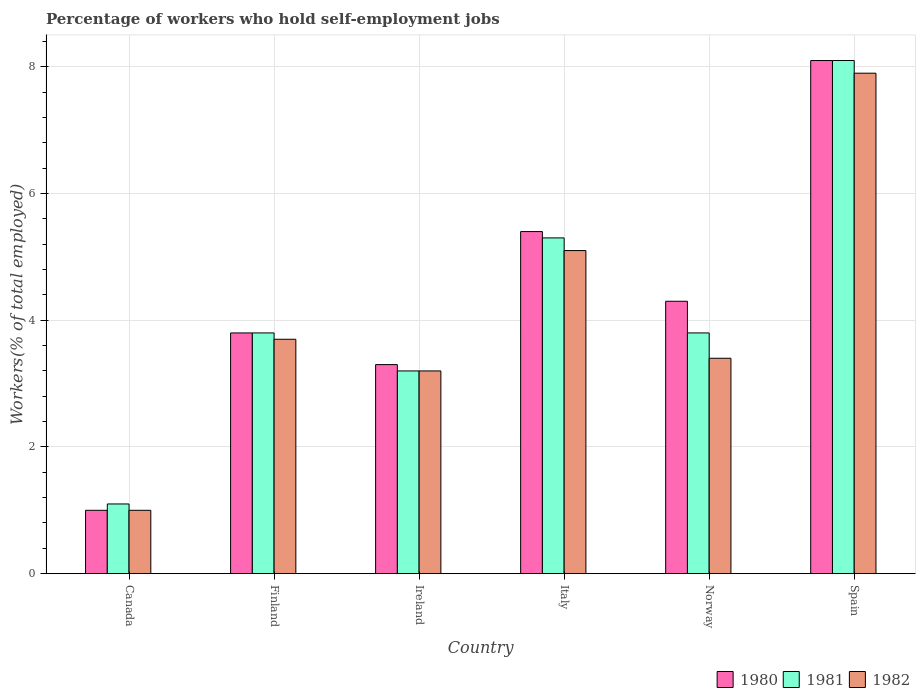
| Country | 1980 | 1981 | 1982 |
 | --- | --- | --- | --- |
 | Canada | 1 | 1.1 | 1 |
 | Finland | 3.8 | 3.8 | 3.7 |
 | Ireland | 3.3 | 3.2 | 3.2 |
 | Italy | 5.4 | 5.3 | 5.1 |
 | Norway | 4.3 | 3.8 | 3.4 |
 | Spain | 8.1 | 8.1 | 7.9 |